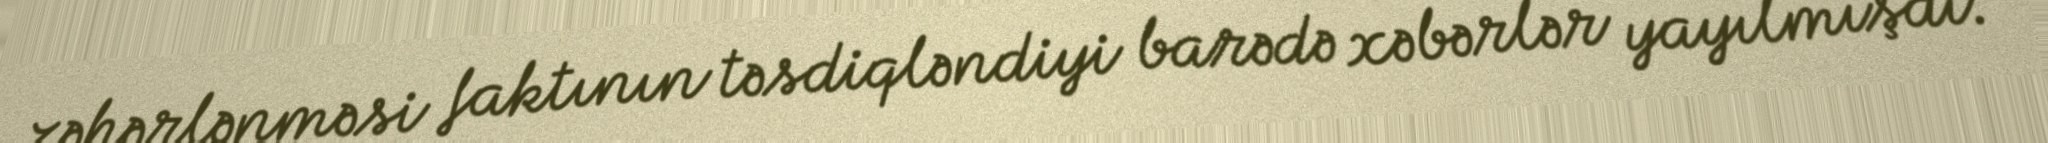
zəhərlənməsi faktının təsdiqləndiyi barədə xəbərlər yayılmışdı.